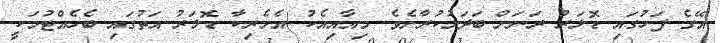
އޭގެ ފަހުގައި ޑޮލަރު ރަނަށް ބަދަލުކުރާށެވެ. މިއާއިއެކު އެމެރިކާ ޑޮލަރު އަތުގައި ބެހެއްޓުމަކީ